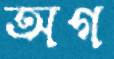
অগ